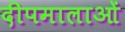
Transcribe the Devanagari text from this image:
दीपमालाओं